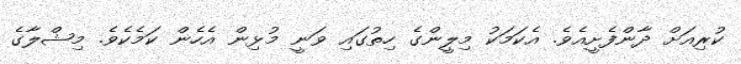
ކުރިއަށް ދާންފެށީއެވެ. އެކަމަކު މިލީންގެ ހިތުގައި ވަނީ މުޅިން އެހެން ކަމެކެވެ. މިޝްލާގެ